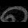
Digit: ၈